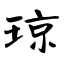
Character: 琼